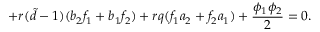
+ r ( { \tilde { d } } - 1 ) ( b _ { 2 } f _ { 1 } + b _ { 1 } f _ { 2 } ) + r q ( f _ { 1 } a _ { 2 } + f _ { 2 } a _ { 1 } ) + \frac { \phi _ { 1 } \phi _ { 2 } } { 2 } = 0 .